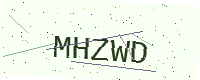
Text: MHZWD